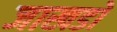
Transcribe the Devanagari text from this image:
जाखडों